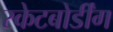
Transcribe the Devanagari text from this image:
स्केटबोर्डींग